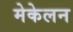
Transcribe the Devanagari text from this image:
मेकेलन